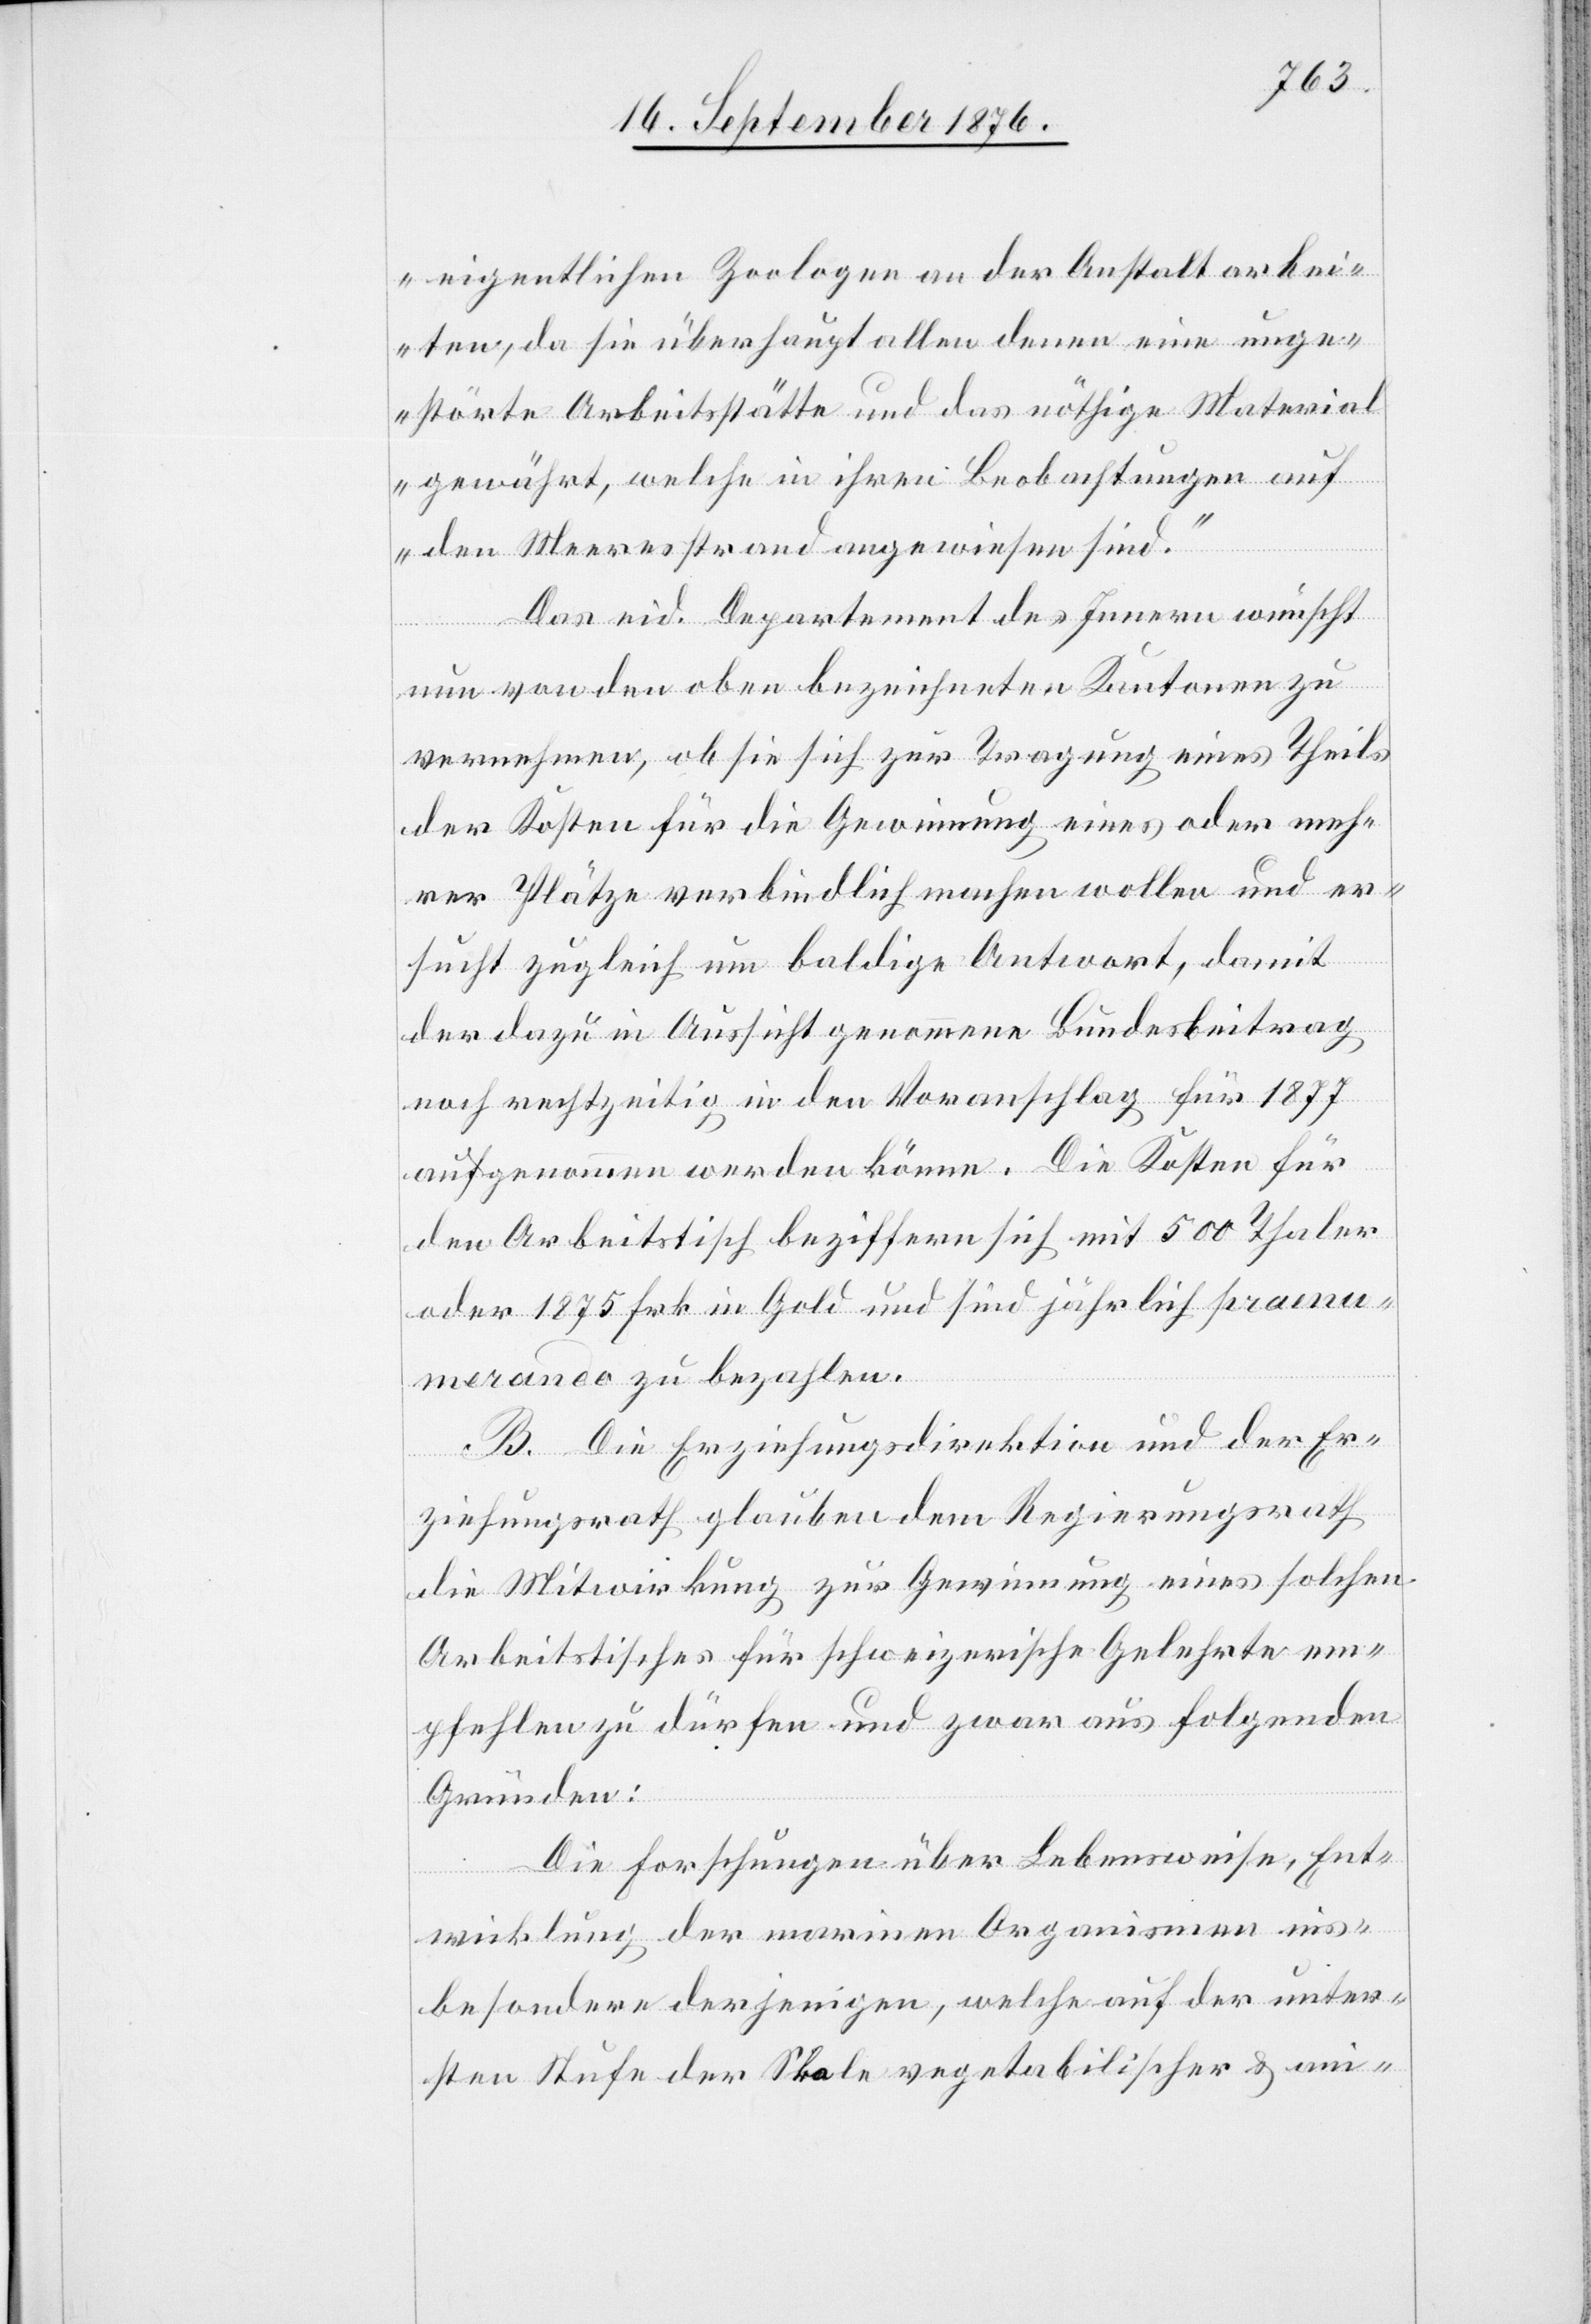
eigentlichen Zoologen an der Anstalt arbei¬
ten, da sie überhaupt allen denen eine unge¬
störte Arbeitsstätte und das nöthige Material
gewährt, welche in ihren Beobachtungen auf
den Meeresstrand angewiesen sind.“
Das schweiz. Departement des Innern wünscht
nun von den oben bezeichneten Kantonen zu
vernehmen, ob sie sich zur Tragung eines Theils
der Kosten für die Gewinnung eines oder mehre¬
rer Plätze verbindlich machen wollen und er¬
sucht zugleich um baldige Antwort, damit
der dazu in Aussicht genommene Bundesbeitrag
noch rechtzeitig in den Voranschlag für 1877
aufgenommen werden könne. Die Kosten für
den Arbeitstisch beziffern sich mit 500 Thaler
oder 1875 Frk. in Gold und sind jährlich pr ann¬
omerando zu bezahlen.
B. Die Erziehungsdirektion und der Er¬
ziehungsrath glauben dem Regierungsrath
die Mitwirkung zur Gewinnung eines solchen
Arbeitstisches für schweizerische Gelehrte em¬
pfehlen zu dürfen und zwar aus folgenden
Gründen:
Die Forschungen über Lebensweise, Ent¬
wicklung der marinen Organismen ins¬
besondere derjenigen, welche auf der unter¬
sten Stufe der Skale vegetabilischer & ani-